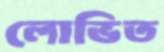
লোভিত